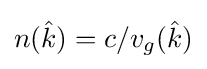
n({\hat {k}})=c/v_{g}({\hat {k}})